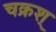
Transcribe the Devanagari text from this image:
चक्रश्